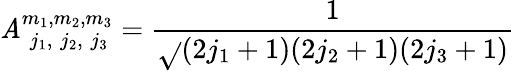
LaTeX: \mathit{A}_{\; j_{1},\; j_{2},\; j_{3}}^{m_{1},m_{2},m_{3}}=\frac{{1}}{{\sqrt{}{{(2j_{1}+1)(2j_{2}+1)(2j_{3}+1)}}}}